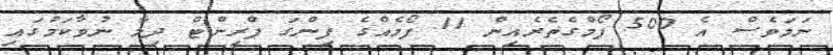
ނަމަވެސް އެ 500 ފޯމްގެތެރެއިން 11 ފޯމެއްގެ ފިންގަ ޕްރިންޓް ދިމާ ނުވާކަމުގައި